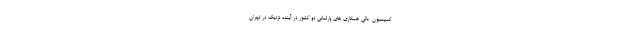
کمیسیون عالی همکاری های پارلمانی دو کشور در آینده نزدیک در تهران